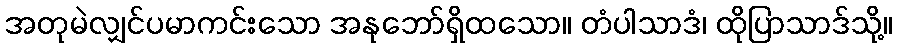
အတုမဲလျှင်ပမာကင်းသော အနုဘော်ရှိထသော။ တံပါသာဒံ၊ ထိုပြာသာဒ်သို့။